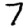
Digit: 7